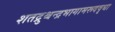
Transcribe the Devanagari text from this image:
शतद्रुश्चन्द्रभागामरूदवृधा